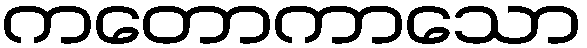
ကတောကာသော